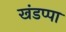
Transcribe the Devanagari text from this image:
खंडप्पा